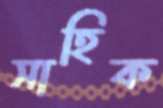
সাহিক